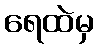
ရေထဲမှ